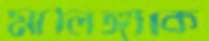
মালিঙ্গাকে